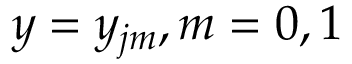
y = { { y } _ { j m } } , m = 0 , 1